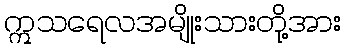
ဣသရေလအမျိုးသားတို့အား